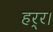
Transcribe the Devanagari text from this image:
हर्र।